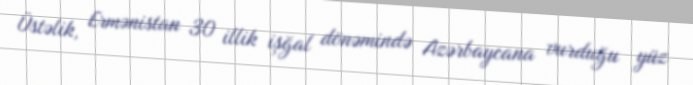
Üstəlik, Ermənistan 30 illik işğal dönəmində Azərbaycana vurduğu yüz